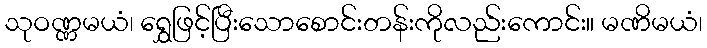
သုဝဏ္ဏမယံ၊ ရွှေဖြင့်ပြီးသောစောင်းတန်းကိုလည်းကောင်း။ မဏိမယံ၊